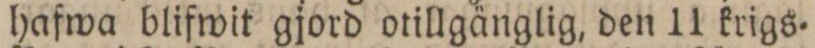
hafwa blifwit gjord otillgänglig, den 11 krigs=